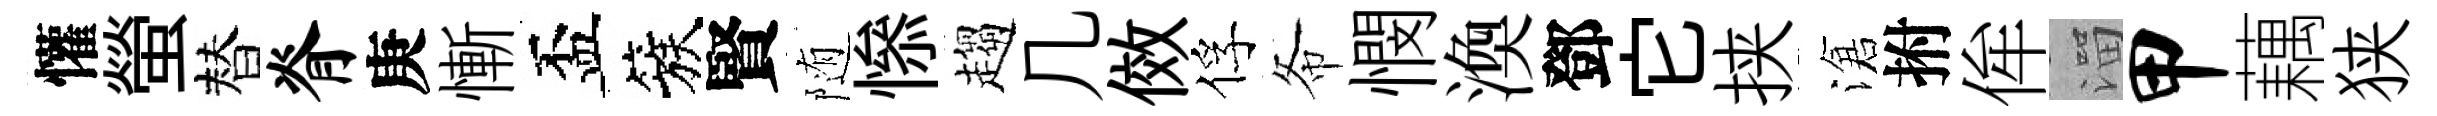
懽螢替脊庚慚盃簇賢随𢡖趨几傚俘𢁙憫渙鄧它挟滄拊侔溜甲藕狭